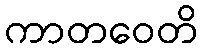
ကာတဝေတိ